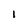
Character: l